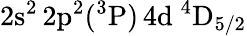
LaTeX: \mathrm{2s^{2}\, 2p^{2}(^{3}P)\, 4d~^{4}D_{5/2}}